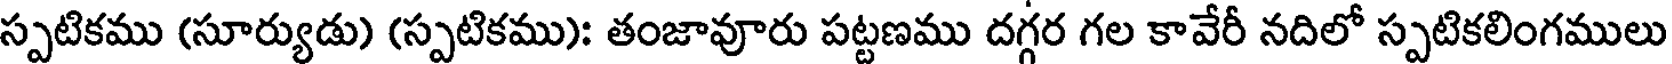
స్పటికము (సూర్యుడు) (స్పటికము): తంజావూరు పట్టణము దగ్గర గల కావేరీ నదిలో స్పటికలింగములు